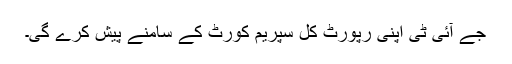
جے آئی ٹی اپنی رپورٹ کل سپریم کورٹ کے سامنے پیش کرے گی۔